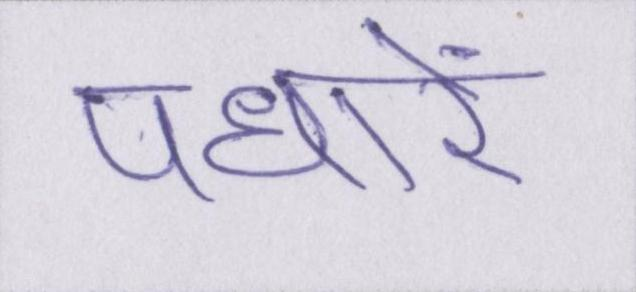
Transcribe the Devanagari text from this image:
पधारें